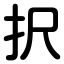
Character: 択